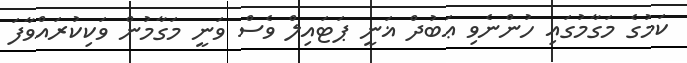
ކަމުގެ މަގާމުގައި ހުންނެވި ޢަބުދް ޣަނީ ޕަޓައިލް ވެސް ވަނީ މަގާމުން ވަކިކުރައްވާފަ